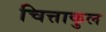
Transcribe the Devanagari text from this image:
चित्ताकुल